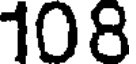
108